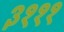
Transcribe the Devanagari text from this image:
३१११